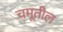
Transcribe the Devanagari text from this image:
चमूतील